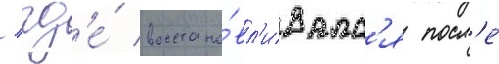
/ гд'е́ восстана́вл'ивалс'я посл'е